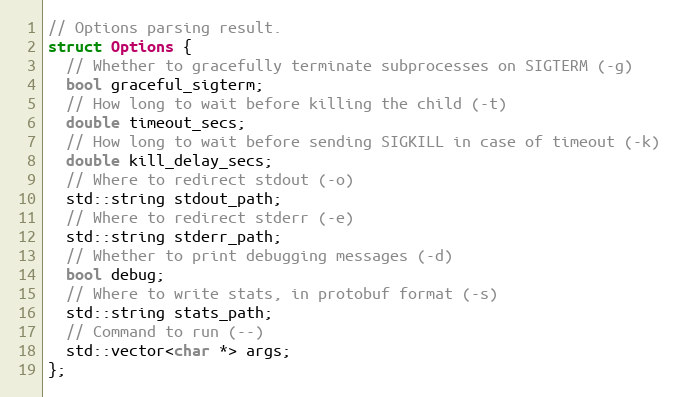
Language: C
// Options parsing result.
struct Options {
  // Whether to gracefully terminate subprocesses on SIGTERM (-g)
  bool graceful_sigterm;
  // How long to wait before killing the child (-t)
  double timeout_secs;
  // How long to wait before sending SIGKILL in case of timeout (-k)
  double kill_delay_secs;
  // Where to redirect stdout (-o)
  std::string stdout_path;
  // Where to redirect stderr (-e)
  std::string stderr_path;
  // Whether to print debugging messages (-d)
  bool debug;
  // Where to write stats, in protobuf format (-s)
  std::string stats_path;
  // Command to run (--)
  std::vector<char *> args;
};